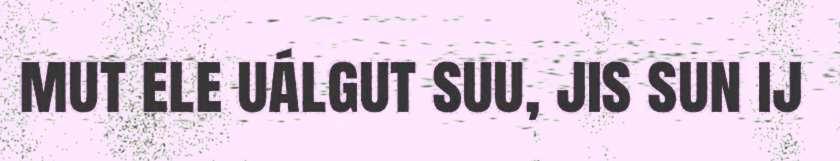
mut ele uálgut suu, jis sun ij